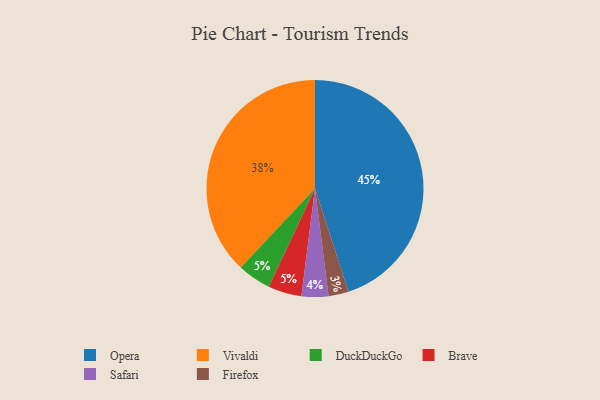
{"axis": {"x": "Category", "y": "Percentage"}, "legend": ["Brave", "DuckDuckGo", "Firefox", "Opera", "Safari", "Vivaldi"], "data": [{"x": "Vivaldi", "y": 38, "type": "Vivaldi"}, {"x": "Opera", "y": 45, "type": "Opera"}, {"x": "Firefox", "y": 3, "type": "Firefox"}, {"x": "DuckDuckGo", "y": 5, "type": "DuckDuckGo"}, {"x": "Safari", "y": 4, "type": "Safari"}, {"x": "Brave", "y": 5, "type": "Brave"}]}